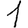
Digit: 1